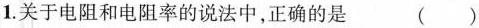
1.关于电阻和电阻率的说法中，正确的是 ( )